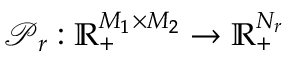
\boldsymbol { \mathcal { P } } _ { r } : \mathbb { R } _ { + } ^ { M _ { 1 } \times M _ { 2 } } \to \mathbb { R } _ { + } ^ { N _ { r } }